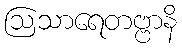
ဩသာရေတဗ္ဗာနိ